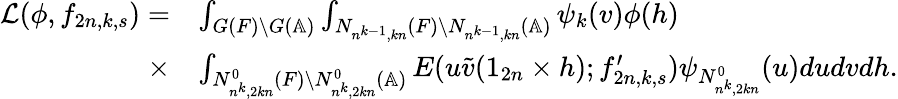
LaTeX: \begin{array}{rl}{\mathcal{L}(\phi,f_{2n,k,s})=}&{\int_{G(F)\backslash G(\mathbb{A})}\int_{N_{n^{k-1},kn}(F)\backslash N_{n^{k-1},kn}(\mathbb{A})}\psi_{k}(v)\phi(h)}\\ {\times}&{\int_{N_{n^{k},2kn}^{0}(F)\backslash N_{n^{k},2kn}^{0}(\mathbb{A})}E(u\tilde{v}(1_{2n}\times h);f_{2n,k,s}^{\prime})\psi_{N_{n^{k},2kn}^{0}}(u)dudvdh.}\end{array}